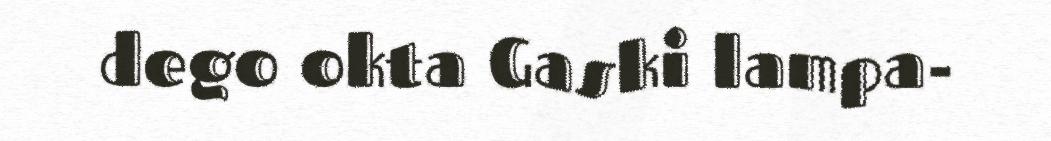
dego okta Gaski lampa-